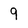
Character: 9